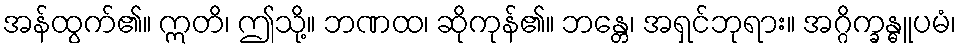
အန်ထွက်၏။ ဣတိ၊ ဤသို့။ ဘဏထ၊ ဆိုကုန်၏။ ဘန္တေ၊ အရှင်ဘုရား။ အဂ္ဂိက္ခန္ဓူပမံ၊